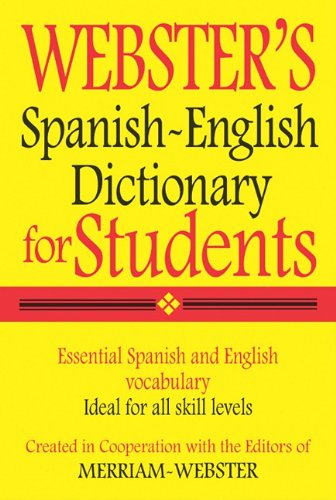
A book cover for Webster's Spanish-English Dictionary for Students (Spanish Edition); Merriam-Webster; Teen & Young Adult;